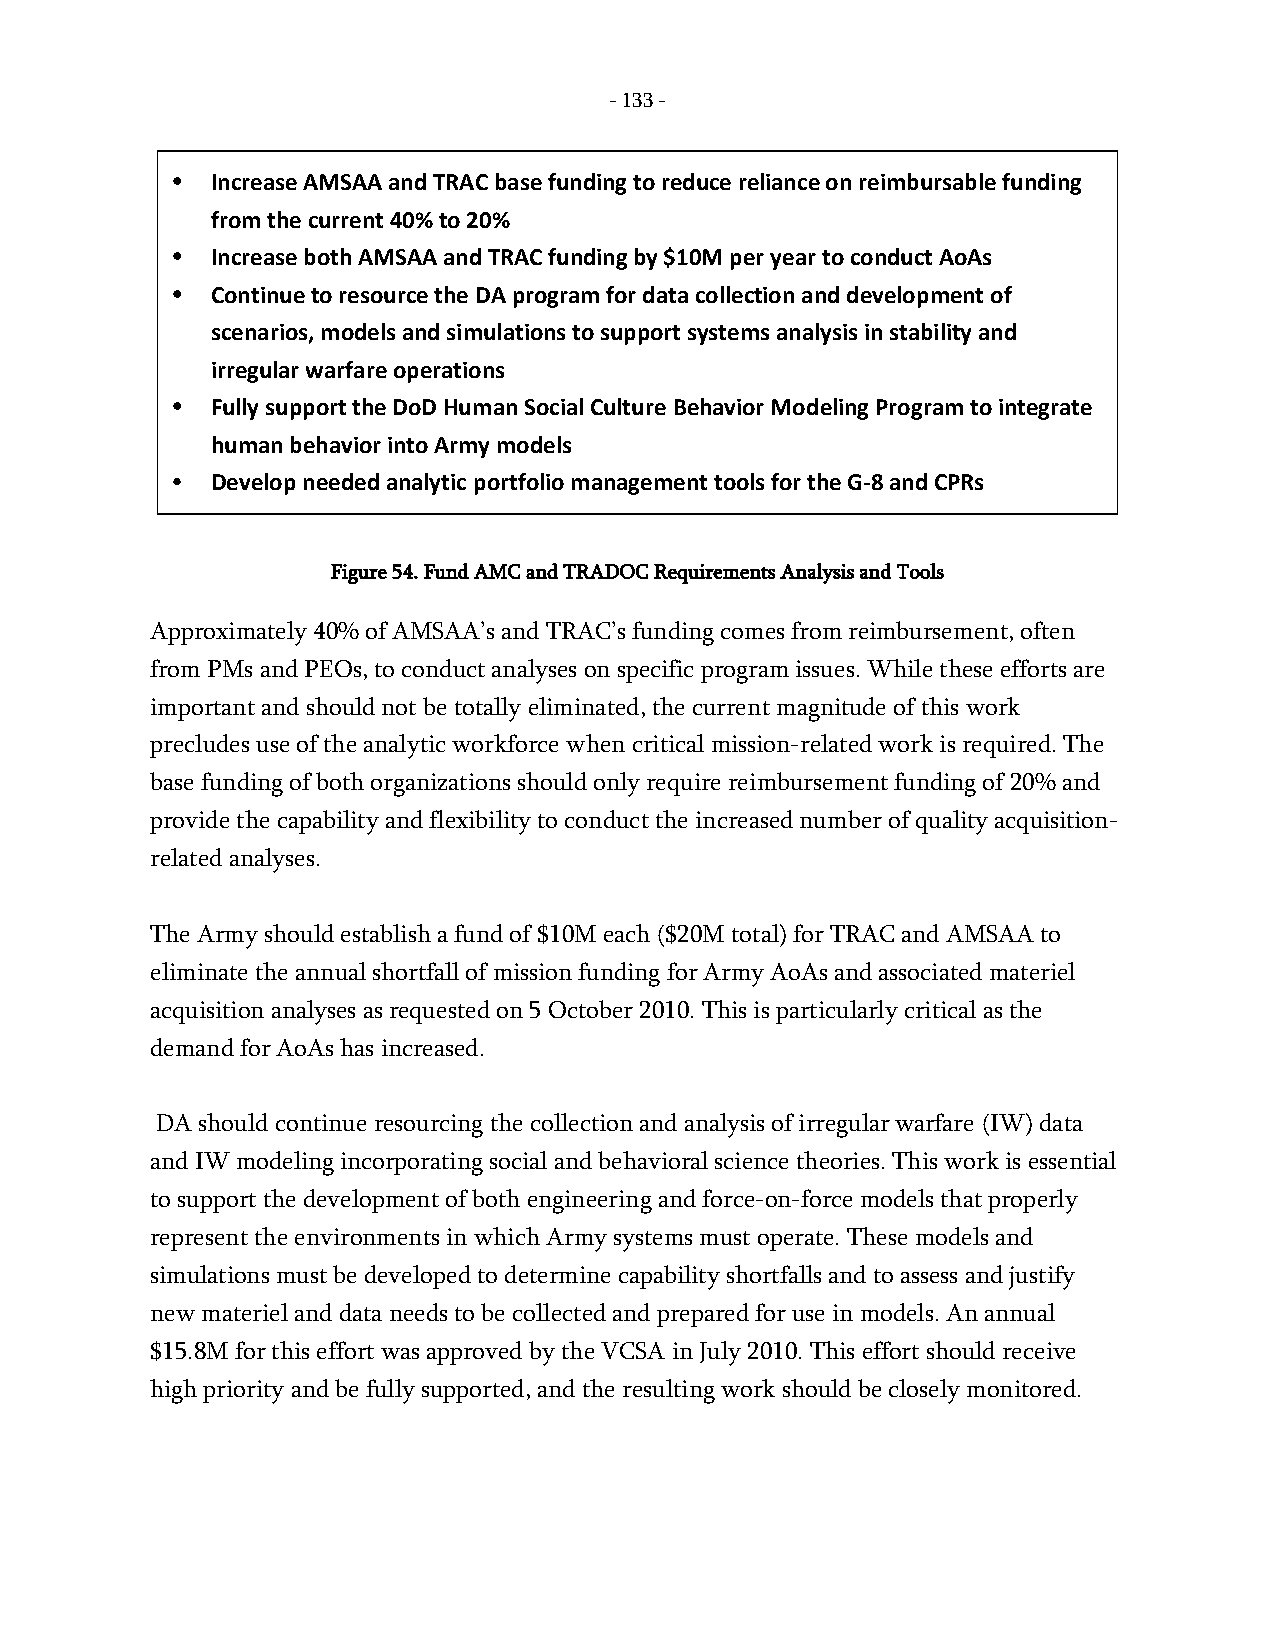
- 133 -
 •  Increase AMSAA and TRAC base funding to reduce reliance on reimbursable funding
 from the current 40% to 20%
 •  Increase both AMSAA and TRAC funding by $10M per year to conduct AoAs
 •  Continue to resource the DA program for data collection and development of
 scenarios, models and simulations to support systems analysis in stability and
 irregular warfare operations
 •  Fully support the DoD Human Social Culture Behavior Modeling Program to integrate
 human behavior into Army models
 •  Develop needed analytic portfolio management tools for the G-8 and CPRs
 Figure 54. Fund AMC and TRADOC Requirements Analysis and Tools
 Approximately 40% of AMSAA’s and TRAC’s funding comes from reimbursement, often
 from PMs and PEOs, to conduct analyses on specific program issues. While these efforts are
 important and should not be totally eliminated, the current magnitude of this work
 precludes use of the analytic workforce when critical mission-related work is required. The
 base funding of both organizations should only require reimbursement funding of 20% and
 provide the capability and flexibility to conduct the increased number of quality acquisition-
 related analyses.
 The Army should establish a fund of $10M each ($20M total) for TRAC and AMSAA to
 eliminate the annual shortfall of mission funding for Army AoAs and associated materiel
 acquisition analyses as requested on 5 October 2010. This is particularly critical as the
 demand for AoAs has increased.
 DA should continue resourcing the collection and analysis of irregular warfare (IW) data
 and IW modeling incorporating social and behavioral science theories. This work is essential
 to support the development of both engineering and force-on-force models that properly
 represent the environments in which Army systems must operate. These models and
 simulations must be developed to determine capability shortfalls and to assess and justify
 new materiel and data needs to be collected and prepared for use in models. An annual
 $15.8M for this effort was approved by the VCSA in July 2010. This effort should receive
 high priority and be fully supported, and the resulting work should be closely monitored.
 -
 133
 -